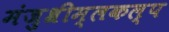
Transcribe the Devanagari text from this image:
मंजुश्रीम्लकल्प